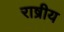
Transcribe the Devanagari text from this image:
राष्रीय